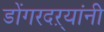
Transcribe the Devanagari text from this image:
डोंगरदऱ्यांनी